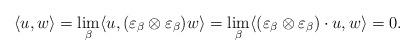
LaTeX: \begin{align*} \langle u,w\rangle = \lim_\beta \langle u, (\varepsilon_\beta \otimes \varepsilon_\beta) w\rangle = \lim_\beta \langle (\varepsilon_\beta \otimes \varepsilon_\beta) \cdot u, w\rangle =0. \end{align*}